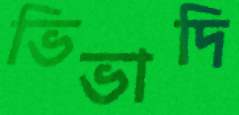
ভিভাদি